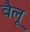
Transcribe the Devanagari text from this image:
वैलू